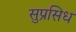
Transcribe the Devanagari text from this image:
सुप्रसिध